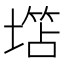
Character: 𱗲